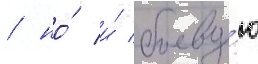
/ но́ и́ боеву́ю